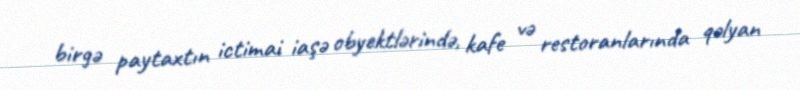
birgə paytaxtın ictimai iaşə obyektlərində, kafe və restoranlarında qəlyan